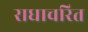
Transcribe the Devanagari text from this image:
राधाचरित